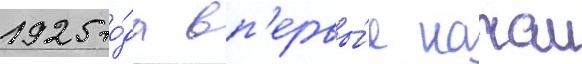
1925 го́да вп'ервы́е начал